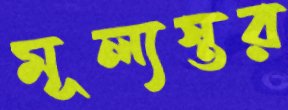
মূল্যস্তর